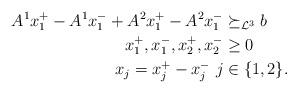
LaTeX: \begin{align*}A^1x^+_1-A^1x^-_1+A^2x^+_1-A^2x^-_1&\succeq_{\mathcal{L}^{3}} b\\x_1^+,x_1^-,x_2^+,x_2^-&\geq 0 \\x_j=x_j^+-x_j^- \ j&\in\{1,2\}.\end{align*}